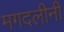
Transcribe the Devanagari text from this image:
मगदलीनी